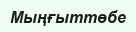
Мыңғыттөбе